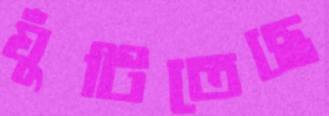
ঘুঁটিতেছে